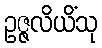
ဥဇ္ဇလိယိံသု